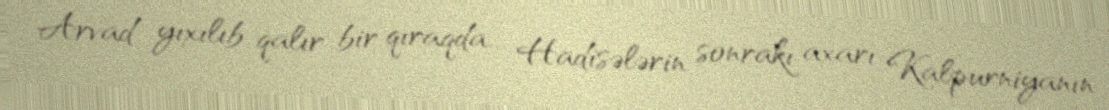
Arvad yıxılıb qalır bir qıraqda... Hadisələrin sonrakı axarı Kalpurniyanın